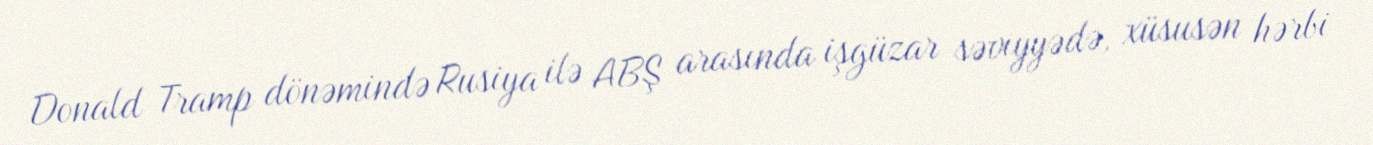
Donald Tramp dönəmində Rusiya ilə ABŞ arasında işgüzar səviyyədə, xüsusən hərbi